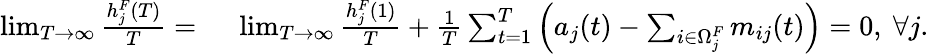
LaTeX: \begin{array}{rl}{\operatorname*{lim}_{T\to\infty}\frac{h_{j}^{F}(T)}{T}=~}&{\operatorname*{lim}_{T\to\infty}\frac{h_{j}^{F}(1)}{T}+\frac{1}{T}\sum_{t=1}^{T}\left(a_{j}(t)-\sum_{i\in\Omega_{j}^{F}}m_{ij}(t)\right)=0,~\forall j.}\end{array}